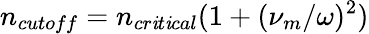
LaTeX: n_{cutoff}=n_{cr\mathit{i}t\mathit{i}cal}(1+(\nu_{m}/\omega)^{2})